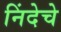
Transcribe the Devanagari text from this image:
निंदेचे